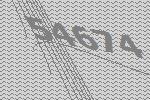
54674